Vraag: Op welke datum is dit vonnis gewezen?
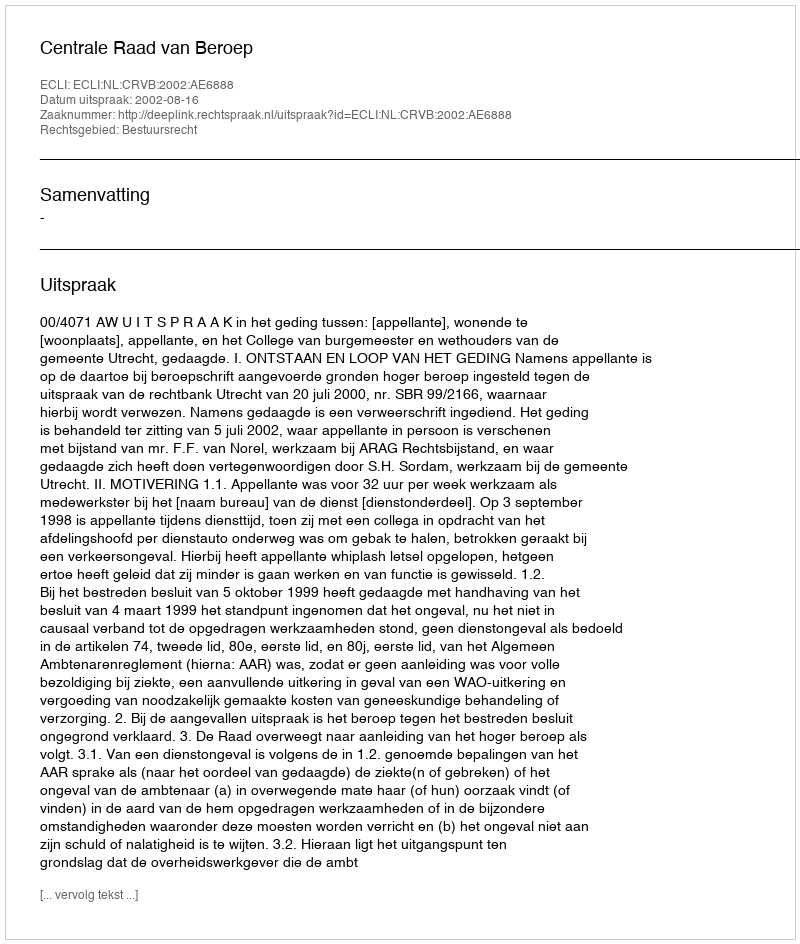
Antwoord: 2002-08-16